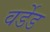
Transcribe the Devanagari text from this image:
वर्डेड